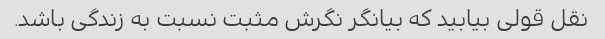
نقل قولی بیابید که بیانگر نگرش مثبت نسبت به زندگی باشد.